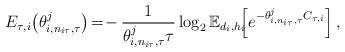
LaTeX: \begin{align*}\setlength{\abovedisplayskip}{4 pt}\setlength{\belowdisplayskip}{4 pt}E_{\tau,i}\!\left( \theta _{i,n_{i\tau},\tau}^j\right)\!=\! - \mathop \frac{1}{{ \theta _{i,n_{i\tau},\tau}^j \tau}}\log_2 \mathbb{E}_{d_i,h_i}\!\!\!\left[ {{e^{ - \theta _{i,n_{i\tau},\tau}^j C_{\tau,i} }}} \right],\end{align*}